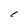
Character: r